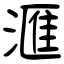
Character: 滙